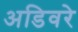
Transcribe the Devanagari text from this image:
अडिवरे